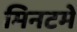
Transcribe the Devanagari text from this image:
मिनटमे